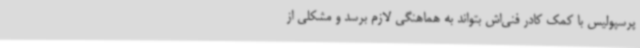
پرسپولیس با کمک کادر فنی‌اش بتواند به هماهنگی لازم برسد و مشکلی از